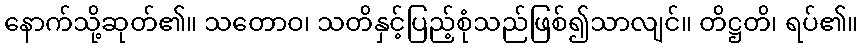
နောက်သို့ဆုတ်၏။ သတောဝ၊ သတိနှင့်ပြည့်စုံသည်ဖြစ်၍သာလျင်။ တိဋ္ဌတိ၊ ရပ်၏။